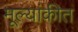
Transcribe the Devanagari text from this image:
मूल्यांकीत